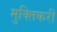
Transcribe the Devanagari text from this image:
मुक्तिकरी